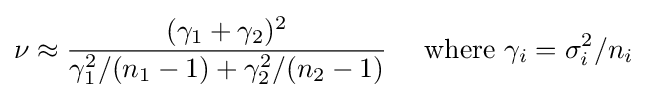
\nu \approx {(\gamma _{1}+\gamma _{2})^{2} \over \gamma _{1}^{2}/(n_{1}-1)+\gamma _{2}^{2}/(n_{2}-1)}\quad {\text{ where }}\gamma _{i}=\sigma _{i}^{2}/n_{i}